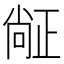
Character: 𬆅